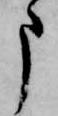
申